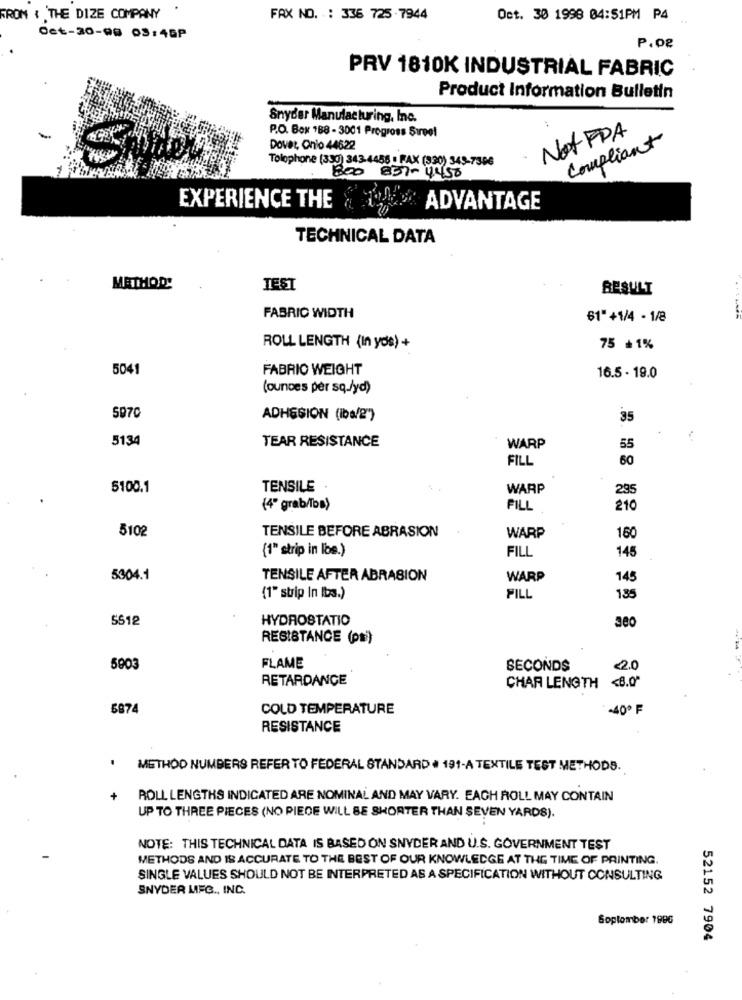
FRON { THE DIZE COMPANY
FAX NO. : 336 725 7944
Oct. 30 1998 04:51PM P4
Oct-30-98 03:45P
P.08
PRV 1810K INDUSTRIAL FABRIC
Product Information Bulletin
Snyder Manufacturing, Inc.
Not FRA
P.O. Box 188 - 3001 Progross Sureel
Compliant
Dover, Onio 44622
Tolophone (330) 343-4458 - FAX (330) 349-7396
800 857-4450
EXPERIENCE THE
ADVANTAGE
TECHNICAL DATA
METHOD!
TEST
RESULT
FABRIC WIDTH
61" +1/4 - 1/8
ROLL LENGTH (In yos) +
75 *1%
5041
FABRIO WEIGHT
16.5 - 19.0
(ounces per sq lyd)
5970
ADHESION (iba/2")
35
5134
TEAR RESISTANCE
WARP
55
FILL
60
5100.1
TENSILE
WARP
295
(4" grab/Iba)
FILL
210
5102
TENSILE BEFORE ABRASION
WARP
160
(1" strip in los.)
FILL
145
5304.1
TENSILE AFTER ABRASION
WARP
145
(1" strip In lbs.)
PILL
185
5512
HYDROSTATIO
8
RESISTANCE (ps)
5903
FLAME
SECONDS
<2.0
RETARDANCE
CHAR LENGTH <8.0"
5874
COLD TEMPERATURE
-40º F
RESISTANCE
.
METHOD NUMBERS REFER TO FEDERAL STANDARD . 191-A TEXTILE TEST METHODS.
+
ROLL LENGTHS INDICATED ARE NOMINAL AND MAY VARY. EACH ROLL MAY CONTAIN
UP TO THREE PIECES (NO PIECE WILL BE SHORTER THAN SEVEN YARDS).
NOTE: THIS TECHNICAL DATA IS BASED ON SNYDER AND U.S. GOVERNMENT TEST
METHODS AND IS ACCURATE TO THE BEST OF OUR KNOWLEDGE AT THE TIME OF PRINTING.
SINGLE VALUES SHOULD NOT BE INTERPRETED AS A SPECIFICATION WITHOUT CONSULTING
SNYDER MEG ., INC.
Soplomber 1996
52152 7904